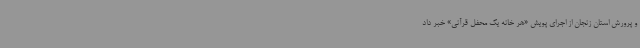
و پرورش استان زنجان از اجرای پویش «هر خانه یک محفل قرآنی» خبر داد